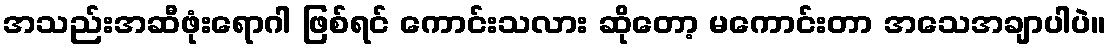
အသည်းအဆီဖုံးရောဂါ ဖြစ်ရင် ကောင်းသလား ဆိုတော့ မကောင်းတာ အသေအချာပါပဲ။